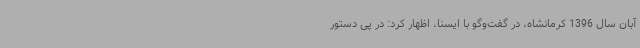
آبان سال 1396 کرمانشاه، در گفت‌وگو با ایسنا، اظهار کرد: در پی دستور